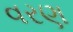
વરણ